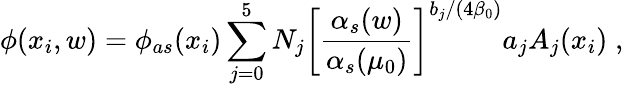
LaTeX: \phi(x_{i},w)=\phi_{as}(x_{i})\sum_{j=0}^{5}N_{j}\left[\frac{\alpha_{s}(w)}{\alpha_{s}(\mu_{0})}\right]^{b_{j}/(4\beta_{0})}a_{j}A_{j}(x_{i})\; ,